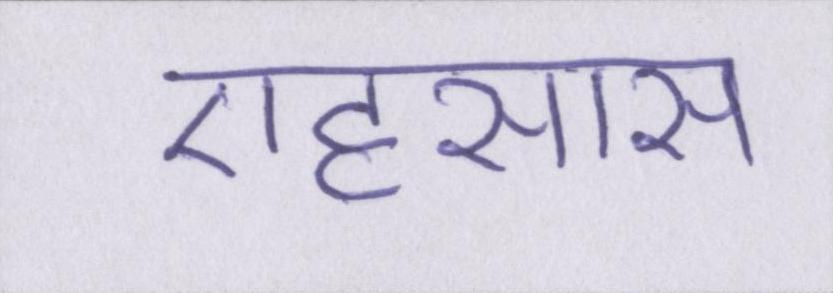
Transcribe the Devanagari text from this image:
एहसास